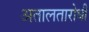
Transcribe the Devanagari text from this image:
अतालतारोधी